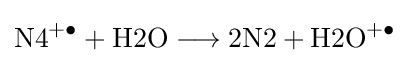
{{\mathrm {N4^{+\bullet }} }{}+{}{\text{H2O}}{}\mathrel {\longrightarrow } {}{\text{2N2}}{}+{}{\text{H2O}}{\vphantom {A}}^{+\bullet }}